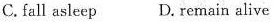
C. fall asleep D. Remain alive